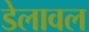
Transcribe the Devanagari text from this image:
डेलावल